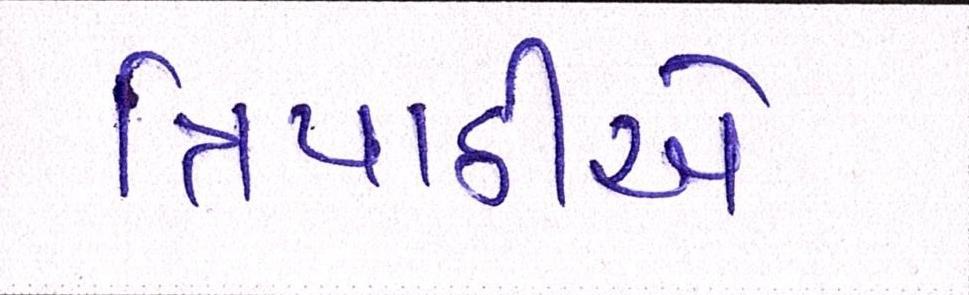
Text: ત્રિપાઠીએ